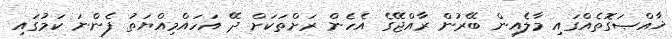
ޚާއްޞަގޮތެއްގައި މާލެއިން ބޭރުން ރާއްޖޭގެ އެހެން ރަށްތަކަށް ދޭ އަހައްމިއްޔަތު ފެންނަ ކަމުގައި